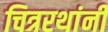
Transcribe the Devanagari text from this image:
चित्ररथांनी